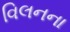
વિલનના